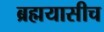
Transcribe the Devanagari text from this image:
ब्रह्मयासीच